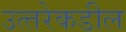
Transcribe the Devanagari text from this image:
उत्‍तरेकडील